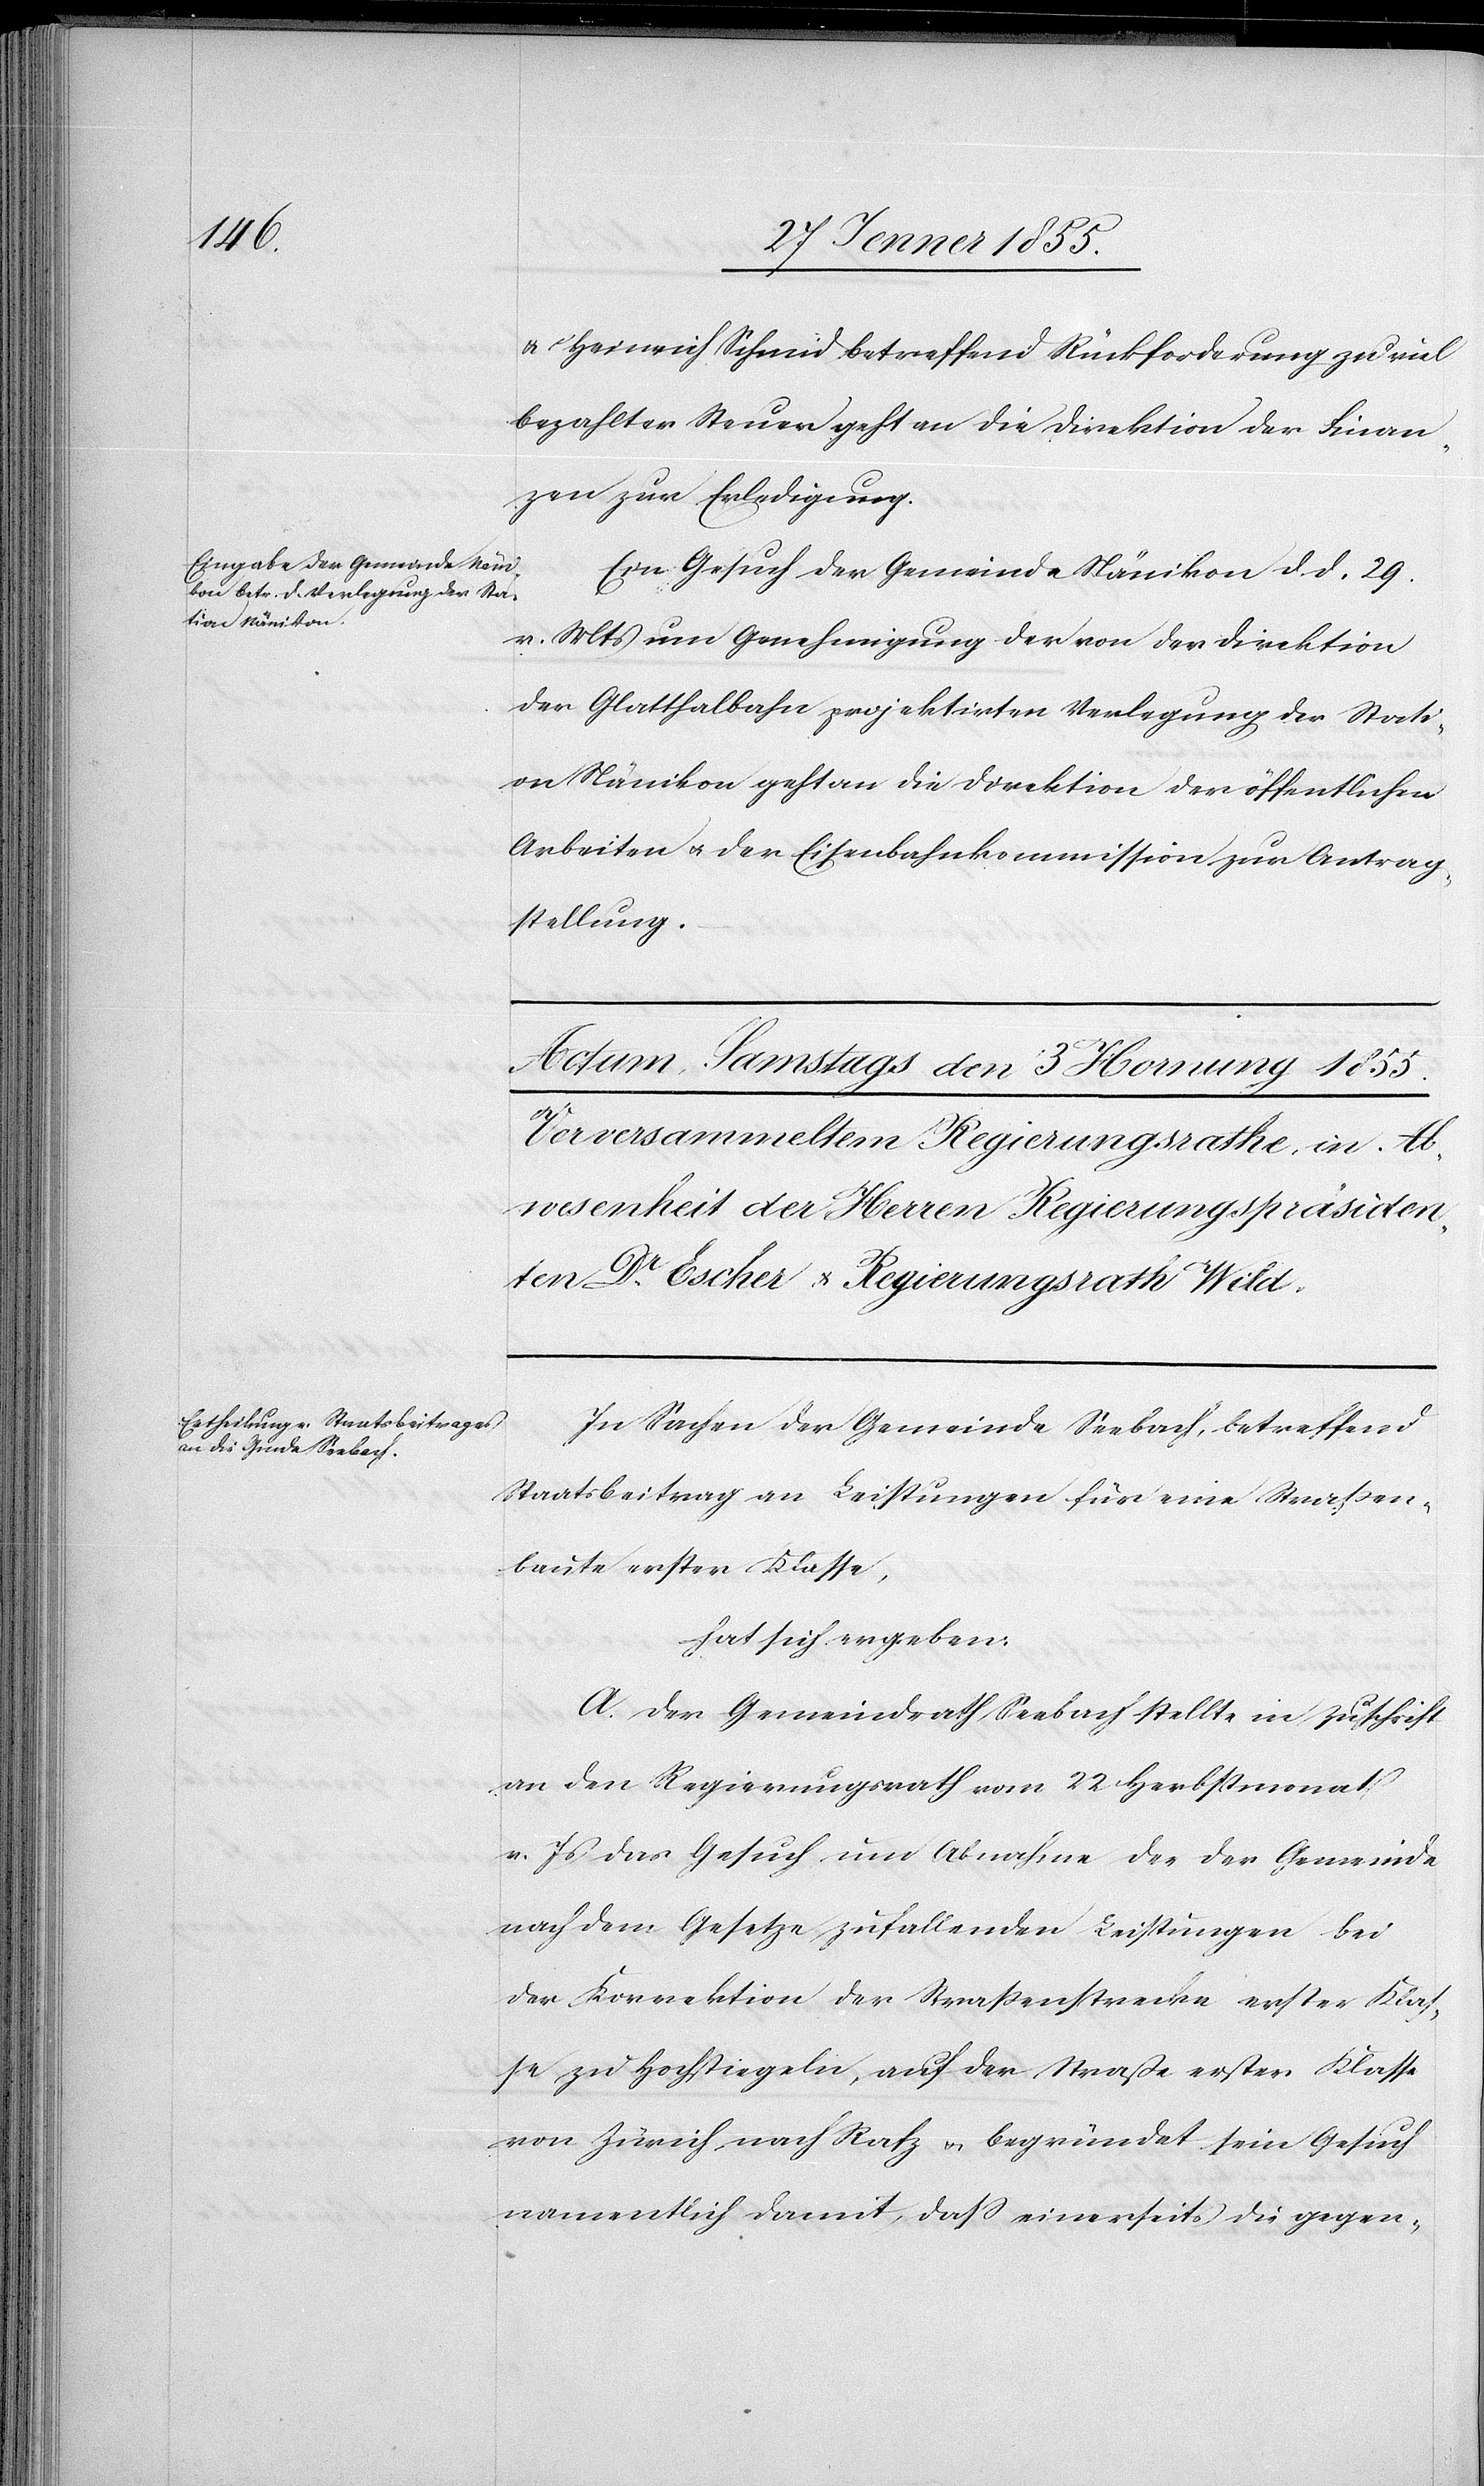
& Heinrich Schmid betreffend Rückforderung zu viel
bezahlter Steuer geht an die Direktion der Finan¬
zen zur Erledigung.
Ein Gesuch der Gemeinde Nänikon d. d. 29.
v. Mts um Genehmigung der von der Direktion
der Glatthalbahn projektirten Verlegung der Stati¬
on Nänikon geht an die Direktion der öffentlichen
Arbeiten & der Eisenbahnkommission zur Antrag¬
stellung.
In Sachen der Gemeinde Seebach, betreffend
Staatsbeitrag an Leistungen für eine Strassen¬
baute erster Klasse,
hat sich ergeben:
A. Der Gemeindrath Seebach stellte in Zuschrift
an den Regierungsrath vom 22 Herbstmonat
v. Js das Gesuch um Abnahme der der Gemeinde
nach dem Gesetze zufallenden Leistungen bei
der Korrektion der Strassenstrecke erster Klas¬
se zu Hochstiegeln, auf der Strasse erster Klasse
von Zürich nach Rafz & begründet sein Gesuch
namentlich damit, dass einerseits die gegen-